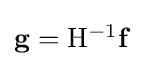
{\textstyle \mathbf {g} =\mathrm {H} ^{-1}\mathbf {f} }